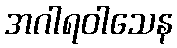
အဂါရဝါသေန